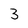
Character: 3